Civil Veterinary Dept. Assam report 1911-1927 - 1911-1927
Year: 1911
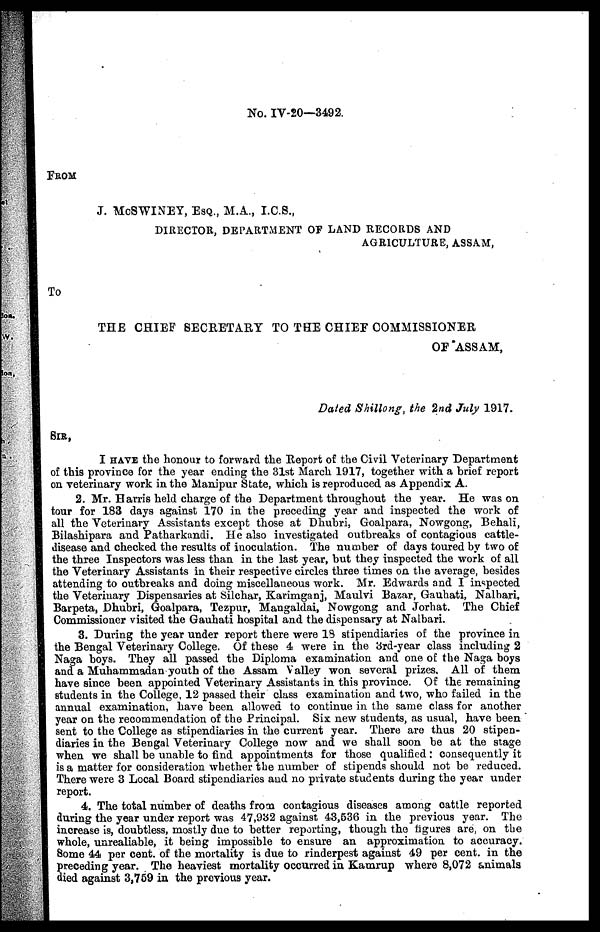
No. IV-20—3492.
FROM
J. McSWINEY, ESQ., M.A., I.C.S.,
DIRECTOR, DEPARTMENT OF LAND RECORDS AND
AGRICULTURE, ASSAM,
To
THE CHIEF 8ECEETAEY TO THE CHIEF COMMISSIONER
OF ASSAM,
Dated Shillong, the 2nd July 1917.
SIR,
I HAVE the honour to forward the Report of the Civil Veterinary Department
of this province for the year ending the 31st March 1917, together with a brief report
on veterinary work in the Manipur State, which is reproduced as Appendix A.
2. Mr. Harris held charge of the Department throughout the year. He was on
tour for 183 days against 170 in the preceding year and inspected the work of
all the Veterinary Assistants except those at Dhubri, Goalpara, Nowgong, Behali,
Bilashipara and Patharkandi. He also investigated outbreaks of contagious cattle-
disease and checked the results of inoculation. The number of days toured by two of
the three Inspectors was less than in the last year, but they inspected the work of all
the Veterinary Assistants in their respective circles three times on the average, besides
attending to outbreaks and doing miscellaneous work. Mr. Edwards and I inspected
the Veterinary Dispensaries at Silchar, Karimganj, Maulvi Bazar, Gauhati, Nalbari,
Barpeta, Dhubri, Goalpara, Tezpur, Mangaldai, Nowgong and Jorhat. The Chief
Commissioner visited the Gauhati hospital and the dispensary at Nalbari.
3. During the year under report there were 13 stipendiaries of the province in
the Bengal Veterinary College. Of these 4 were in the 3rd-year class including 2
Naga boys. They all passed the Diploma examination and one of the Naga boys
and a Muhammadan youth of the Assam Valley won several prizes. All of them
have since been appointed Veterinary Assistants in this province. Of the remaining
students in the College, 12 passed their class examination and two, who failed in the
annual examination, have been allowed to continue in the same class for another
year on the recommendation of the Principal. Six new students, as usual, have been
sent to the College as stipendiaries in the current year. There are thus 20 stipen-
diaries in the Bengal Veterinary College now and we shall soon be at the stage
when we shall be unable to find appointments for those qualified: consequently it
is a matter for consideration whether the number of stipends should not be reduced.
There were 3 Local Board stipendiaries and no private students during the year under
report.
4. The total number of deaths from contagious diseases among cattle reported
during the year under report was 47,932 against 43,536 in the previous year. The
increase is, doubtless, mostly due to better reporting, though the tigures are, on the
whole, unrealiable, it being impossible to ensure an approximation to accuracy.
8ome 44 per cent. of the mortality is due to rinderpest against 49 per cent. in the
preceding year. The heaviest mortality occurred in Kamrup where 8,072 animals
died against 3,759 in the previous year.